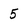
Character: 5